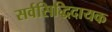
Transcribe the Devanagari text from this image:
सर्वसिद्धिदायक